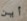
أين